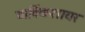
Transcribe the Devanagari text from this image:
वार्विकशायर